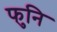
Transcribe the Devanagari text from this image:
फुनि